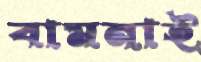
বামনাই